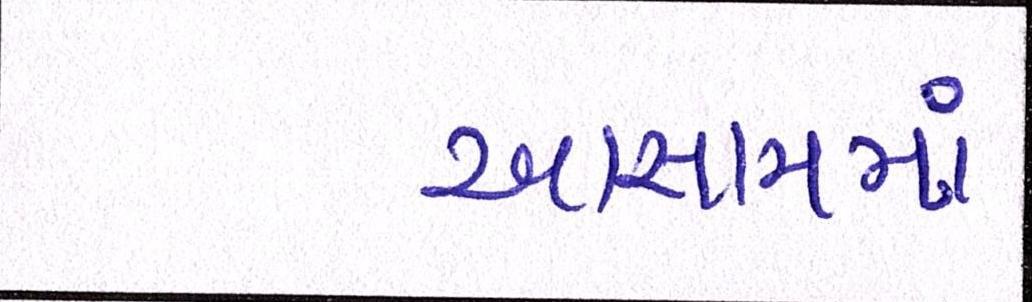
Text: આસામમાં